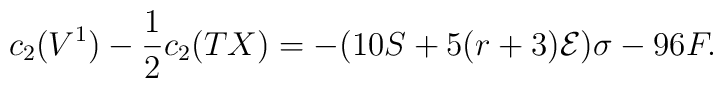
c_{2}(V^{1})-\frac{1}{2}c_{2}(TX)=-(10S+5(r+3){\cal{E}})\sigma-96F.